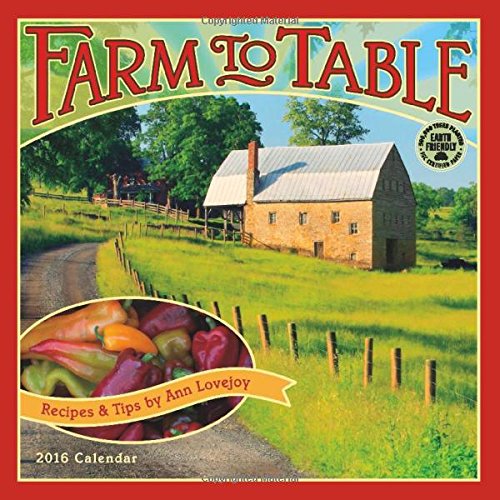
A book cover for Farm to Table 2016 Wall Calendar: Recipes & Tips by Ann Lovejoy; Ann Lovejoy; Calendars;